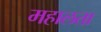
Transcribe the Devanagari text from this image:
महालता